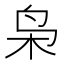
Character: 枭